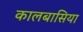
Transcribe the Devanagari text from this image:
कालबासिया